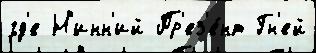
гд'е Н'инн'ий Пр'ез'е́нт Гн'ей